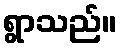
ရွာသည်။